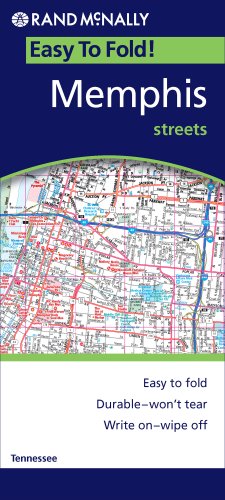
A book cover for Rand McNally Easy to Fold! Memphis Streets; Travel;